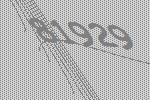
81929